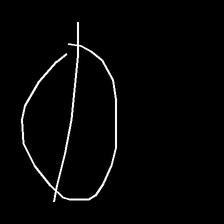
Glyph: orb